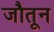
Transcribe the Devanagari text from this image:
जौतून